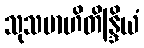
သုသမာဟိတိန္ဒြိယံ